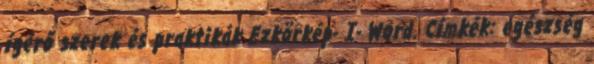
ígérő szerek és praktikák Ezkörkép- I- Word. Címkék: egészség